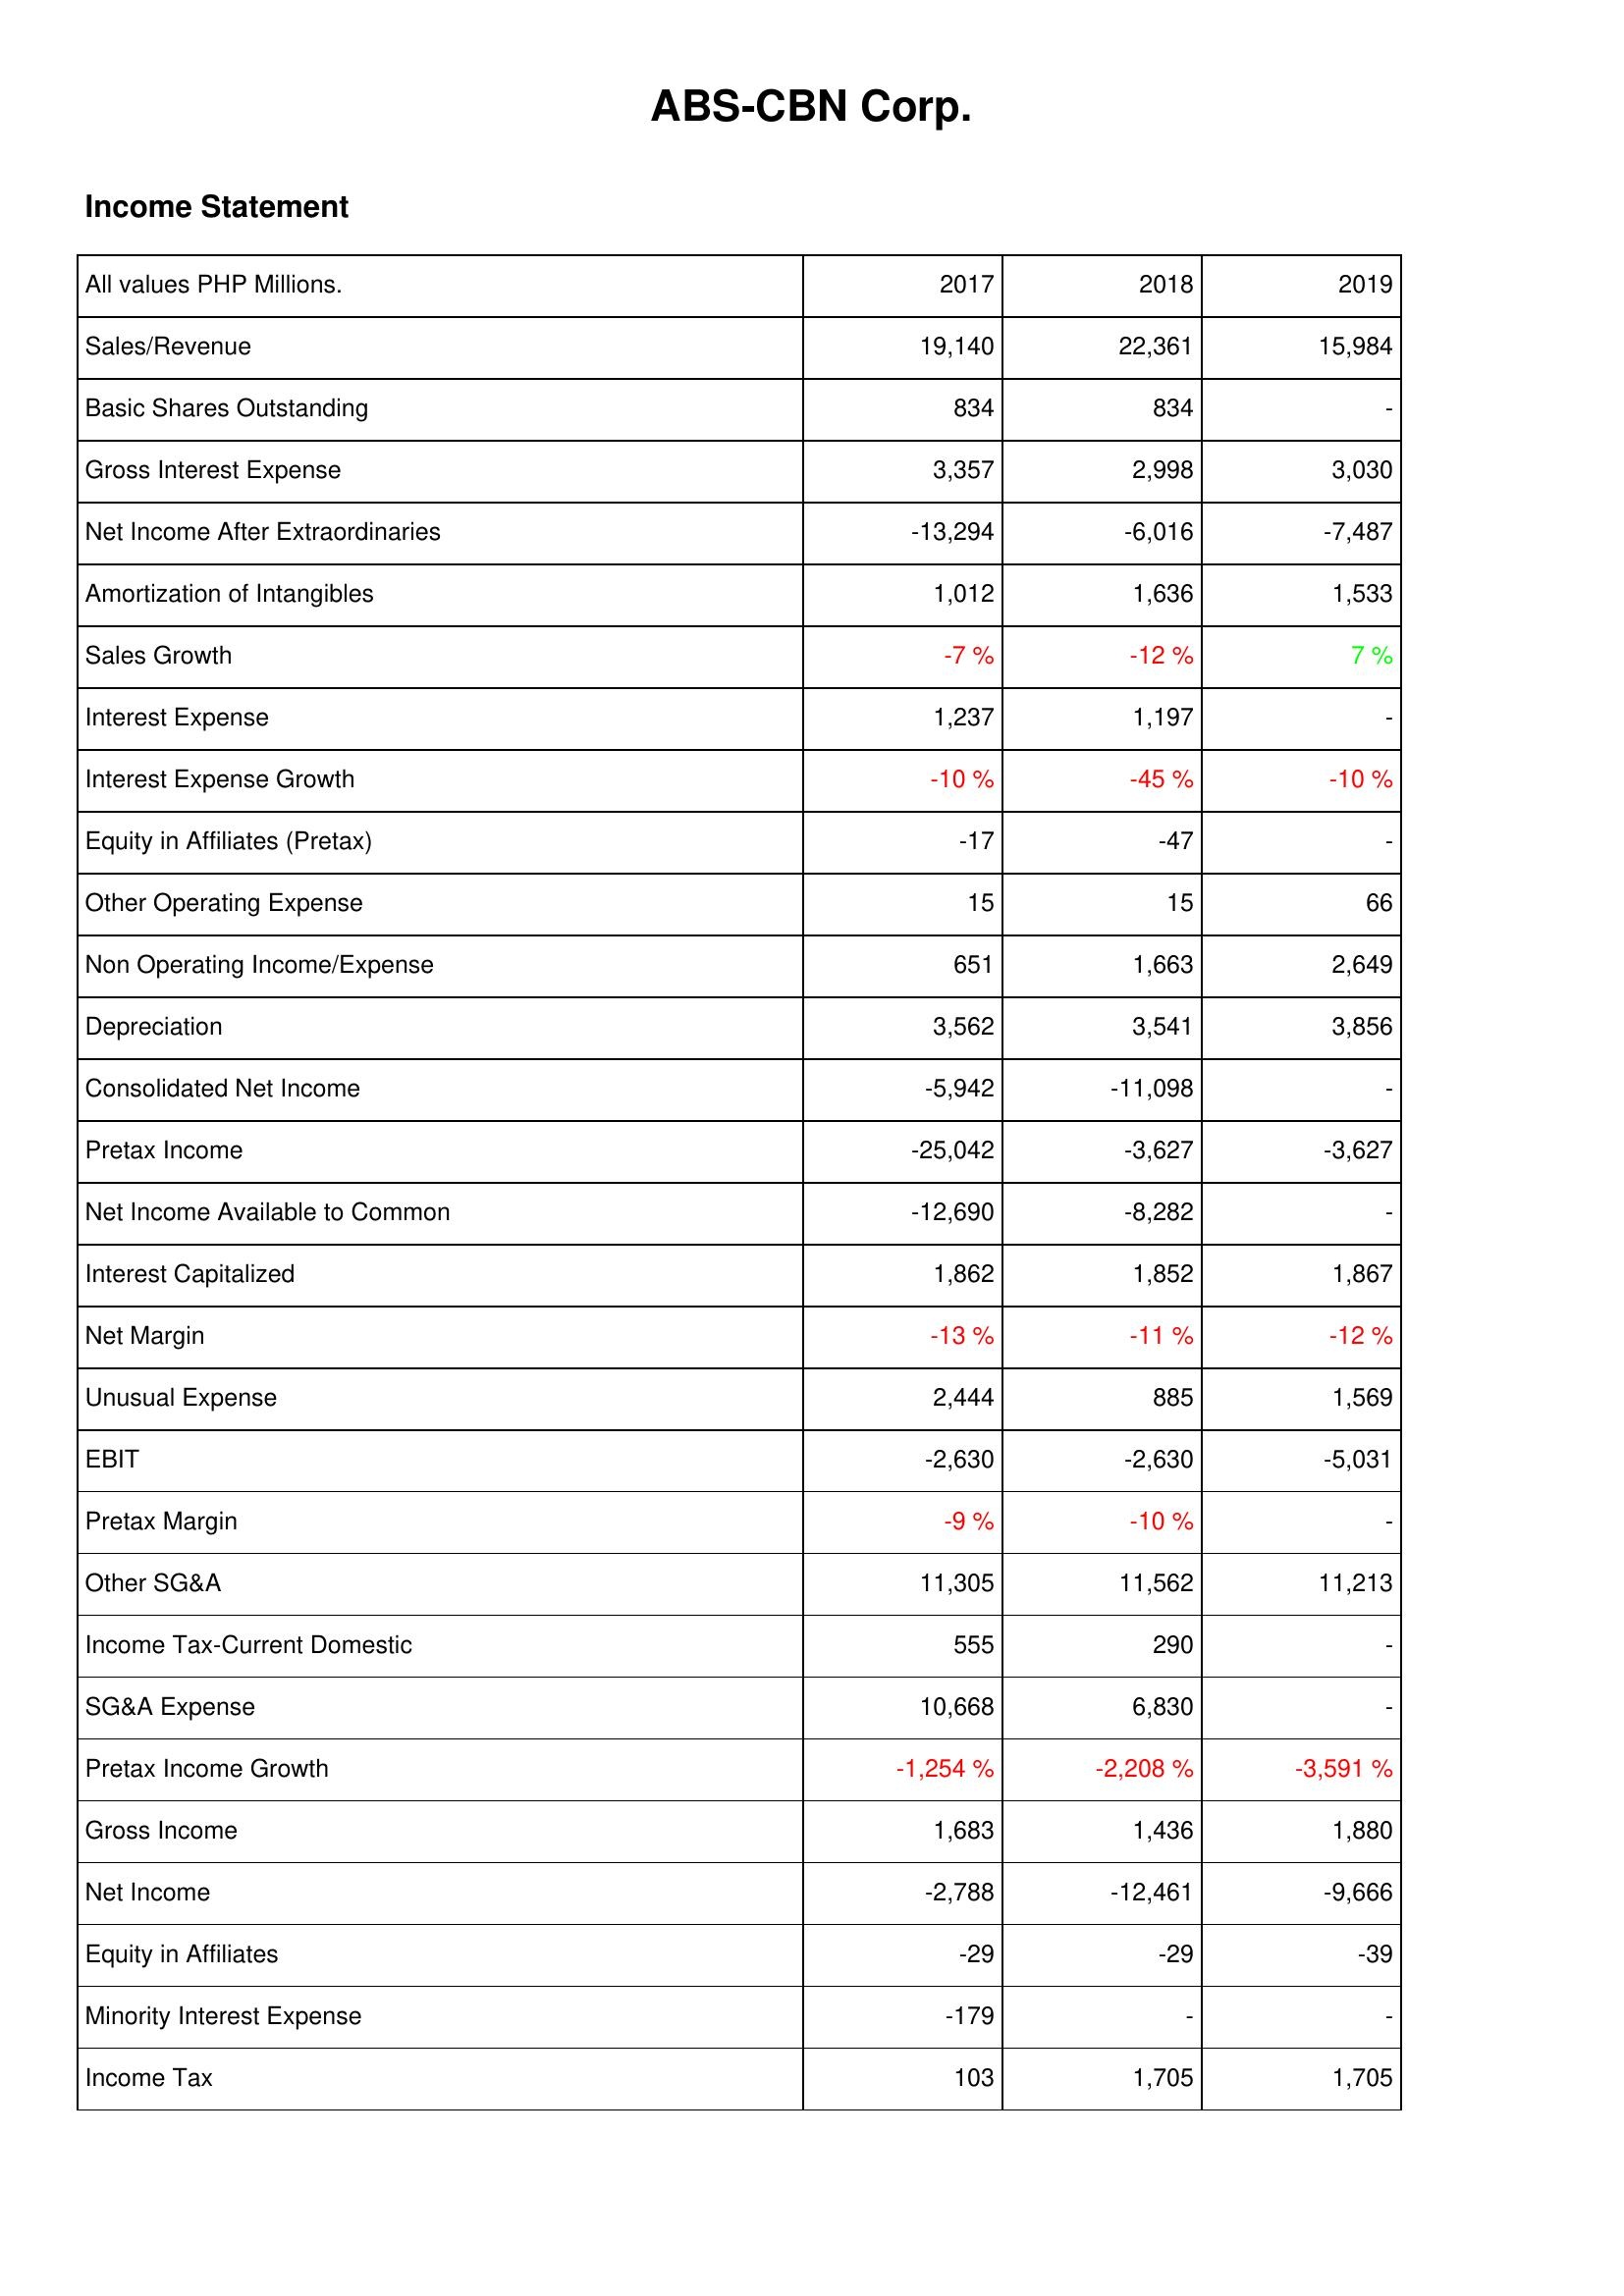
2017: Income Statement: Sales/Revenue: 19,140
Basic Shares Outstanding: 834
Gross Interest Expense: 3,357
Net Income After Extraordinaries: -13,294
Amortization of Intangibles: 1,012
Sales Growth: -7 %
Interest Expense: 1,237
Interest Expense Growth: -10 %
Equity in Affiliates (Pretax): -17
Other Operating Expense: 15
Non Operating Income/Expense: 651
Depreciation: 3,562
Consolidated Net Income: -5,942
Pretax Income: -25,042
Net Income Available to Common: -12,690
Interest Capitalized: 1,862
Net Margin: -13 %
Unusual Expense: 2,444
EBIT: -2,630
Pretax Margin: -9 %
Other SG&A: 11,305
Income Tax-Current Domestic: 555
SG&A Expense: 10,668
Pretax Income Growth: -1,254 %
Gross Income: 1,683
Net Income: -2,788
Equity in Affiliates: -29
Minority Interest Expense: -179
Income Tax: 103
2018: Income Statement: Sales/Revenue: 22,361
Basic Shares Outstanding: 834
Gross Interest Expense: 2,998
Net Income After Extraordinaries: -6,016
Amortization of Intangibles: 1,636
Sales Growth: -12 %
Interest Expense: 1,197
Interest Expense Growth: -45 %
Equity in Affiliates (Pretax): -47
Other Operating Expense: 15
Non Operating Income/Expense: 1,663
Depreciation: 3,541
Consolidated Net Income: -11,098
Pretax Income: -3,627
Net Income Available to Common: -8,282
Interest Capitalized: 1,852
Net Margin: -11 %
Unusual Expense: 885
EBIT: -2,630
Pretax Margin: -10 %
Other SG&A: 11,562
Income Tax-Current Domestic: 290
SG&A Expense: 6,830
Pretax Income Growth: -2,208 %
Gross Income: 1,436
Net Income: -12,461
Equity in Affiliates: -29
Minority Interest Expense: -
Income Tax: 1,705
2019: Income Statement: Sales/Revenue: 15,984
Basic Shares Outstanding: -
Gross Interest Expense: 3,030
Net Income After Extraordinaries: -7,487
Amortization of Intangibles: 1,533
Sales Growth: 7 %
Interest Expense: -
Interest Expense Growth: -10 %
Equity in Affiliates (Pretax): -
Other Operating Expense: 66
Non Operating Income/Expense: 2,649
Depreciation: 3,856
Consolidated Net Income: -
Pretax Income: -3,627
Net Income Available to Common: -
Interest Capitalized: 1,867
Net Margin: -12 %
Unusual Expense: 1,569
EBIT: -5,031
Pretax Margin: -
Other SG&A: 11,213
Income Tax-Current Domestic: -
SG&A Expense: -
Pretax Income Growth: -3,591 %
Gross Income: 1,880
Net Income: -9,666
Equity in Affiliates: -39
Minority Interest Expense: -
Income Tax: 1,705